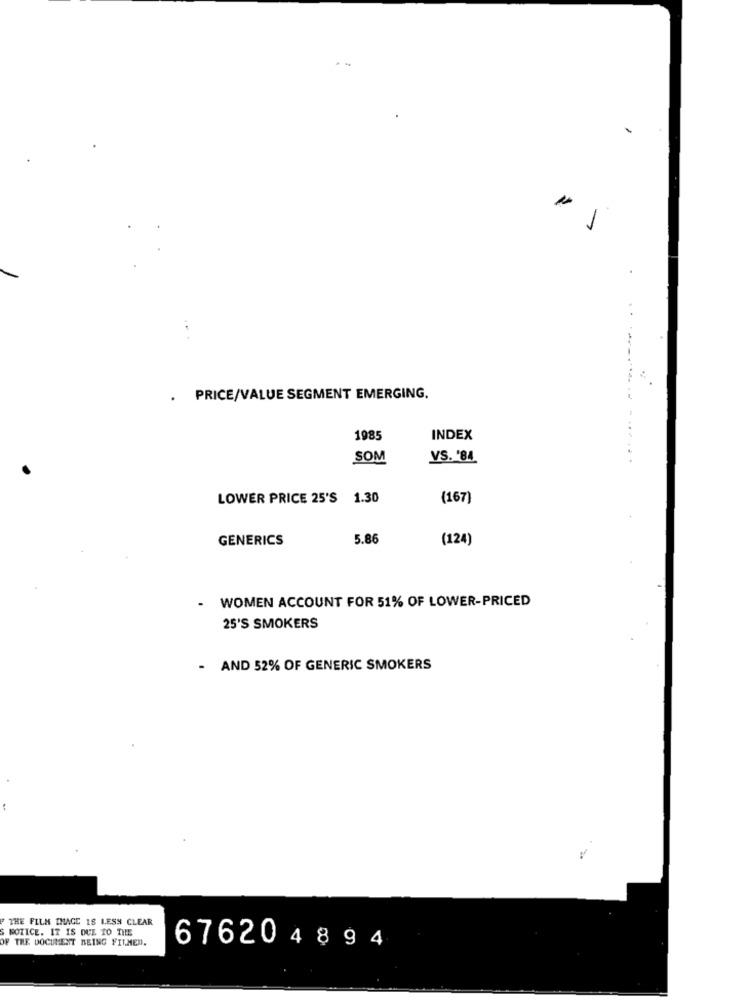
1
.
.
PRICE/VALUE SEGMENT EMERGING.
1985
INDEX
SOM
VS. '84
. .
LOWER PRICE 25'S 1.30
(167)
GENERICS
5.8
(124)
WOMEN ACCOUNT FOR 51% OF LOWER-PRICED
25'S SMOKERS
- AND 52% OF GENERIC SMOKERS
THE FILM THACE IS LESS CLEAR
S NOTICE. IT IS DUE TO THE
OF THE DOCUMENT BEING FIT.MED.
676204894